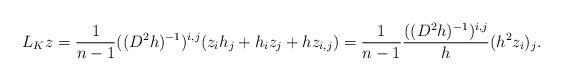
LaTeX: \begin{align*} L_K z = \frac{1}{n-1} ((D^2 h)^{-1})^{i,j} (z_i h_j + h_i z_j + h z_{i,j}) = \frac{1}{n-1} \frac{((D^2 h)^{-1})^{i,j}}{h} (h^2 z_i)_j .\end{align*}